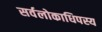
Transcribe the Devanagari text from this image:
सर्वलोकाधिपस्य